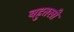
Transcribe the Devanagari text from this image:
बहुतसी